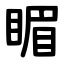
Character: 睸